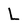
Character: L